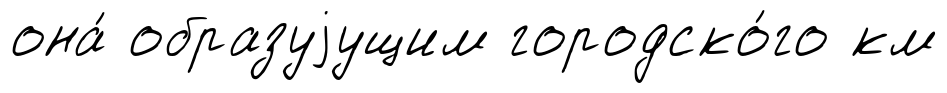
она́ образуjущим городско́го км